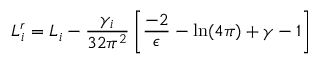
L _ { i } ^ { r } = L _ { i } - { \frac { \gamma _ { i } } { 3 2 \pi ^ { 2 } } } \left[ { \frac { - 2 } { \epsilon } } - \ln ( 4 \pi ) + \gamma - 1 \right]